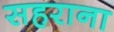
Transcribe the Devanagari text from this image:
सहराना